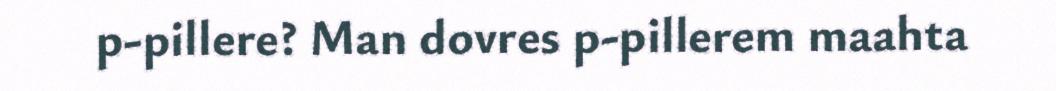
p-pillere? Man dovres p-pillerem maahta